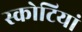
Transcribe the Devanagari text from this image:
स्कोटियां